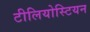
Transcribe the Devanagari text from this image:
टीलियोस्टियन